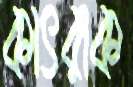
কাৎরাক